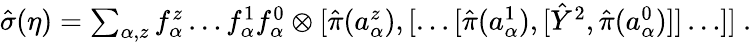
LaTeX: \textstyle\hat{\sigma}(\eta)=\sum_{\alpha,z}f_{\alpha}^{z}\dots f_{\alpha}^{1}f_{\alpha}^{0}\otimes[\hat{\pi}(a_{\alpha}^{z}),[\dots[\hat{\pi}(a_{\alpha}^{1}),[\hat{Y}^{2},\hat{\pi}(a_{\alpha}^{0})]]\dots]]~.